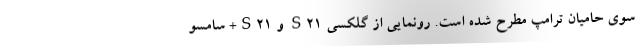
سوی حامیان ترامپ مطرح شده است. رونمایی از گلکسی‌ S21 و S21+ سامسو